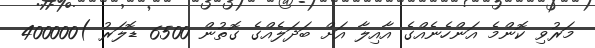
މަރުވި ކޮންމެ އަންހެނެއްގެ އާއިލާ އަށް ބަދަލެއްގެ ގޮތުން 6500 ޑޮލަރު )400000